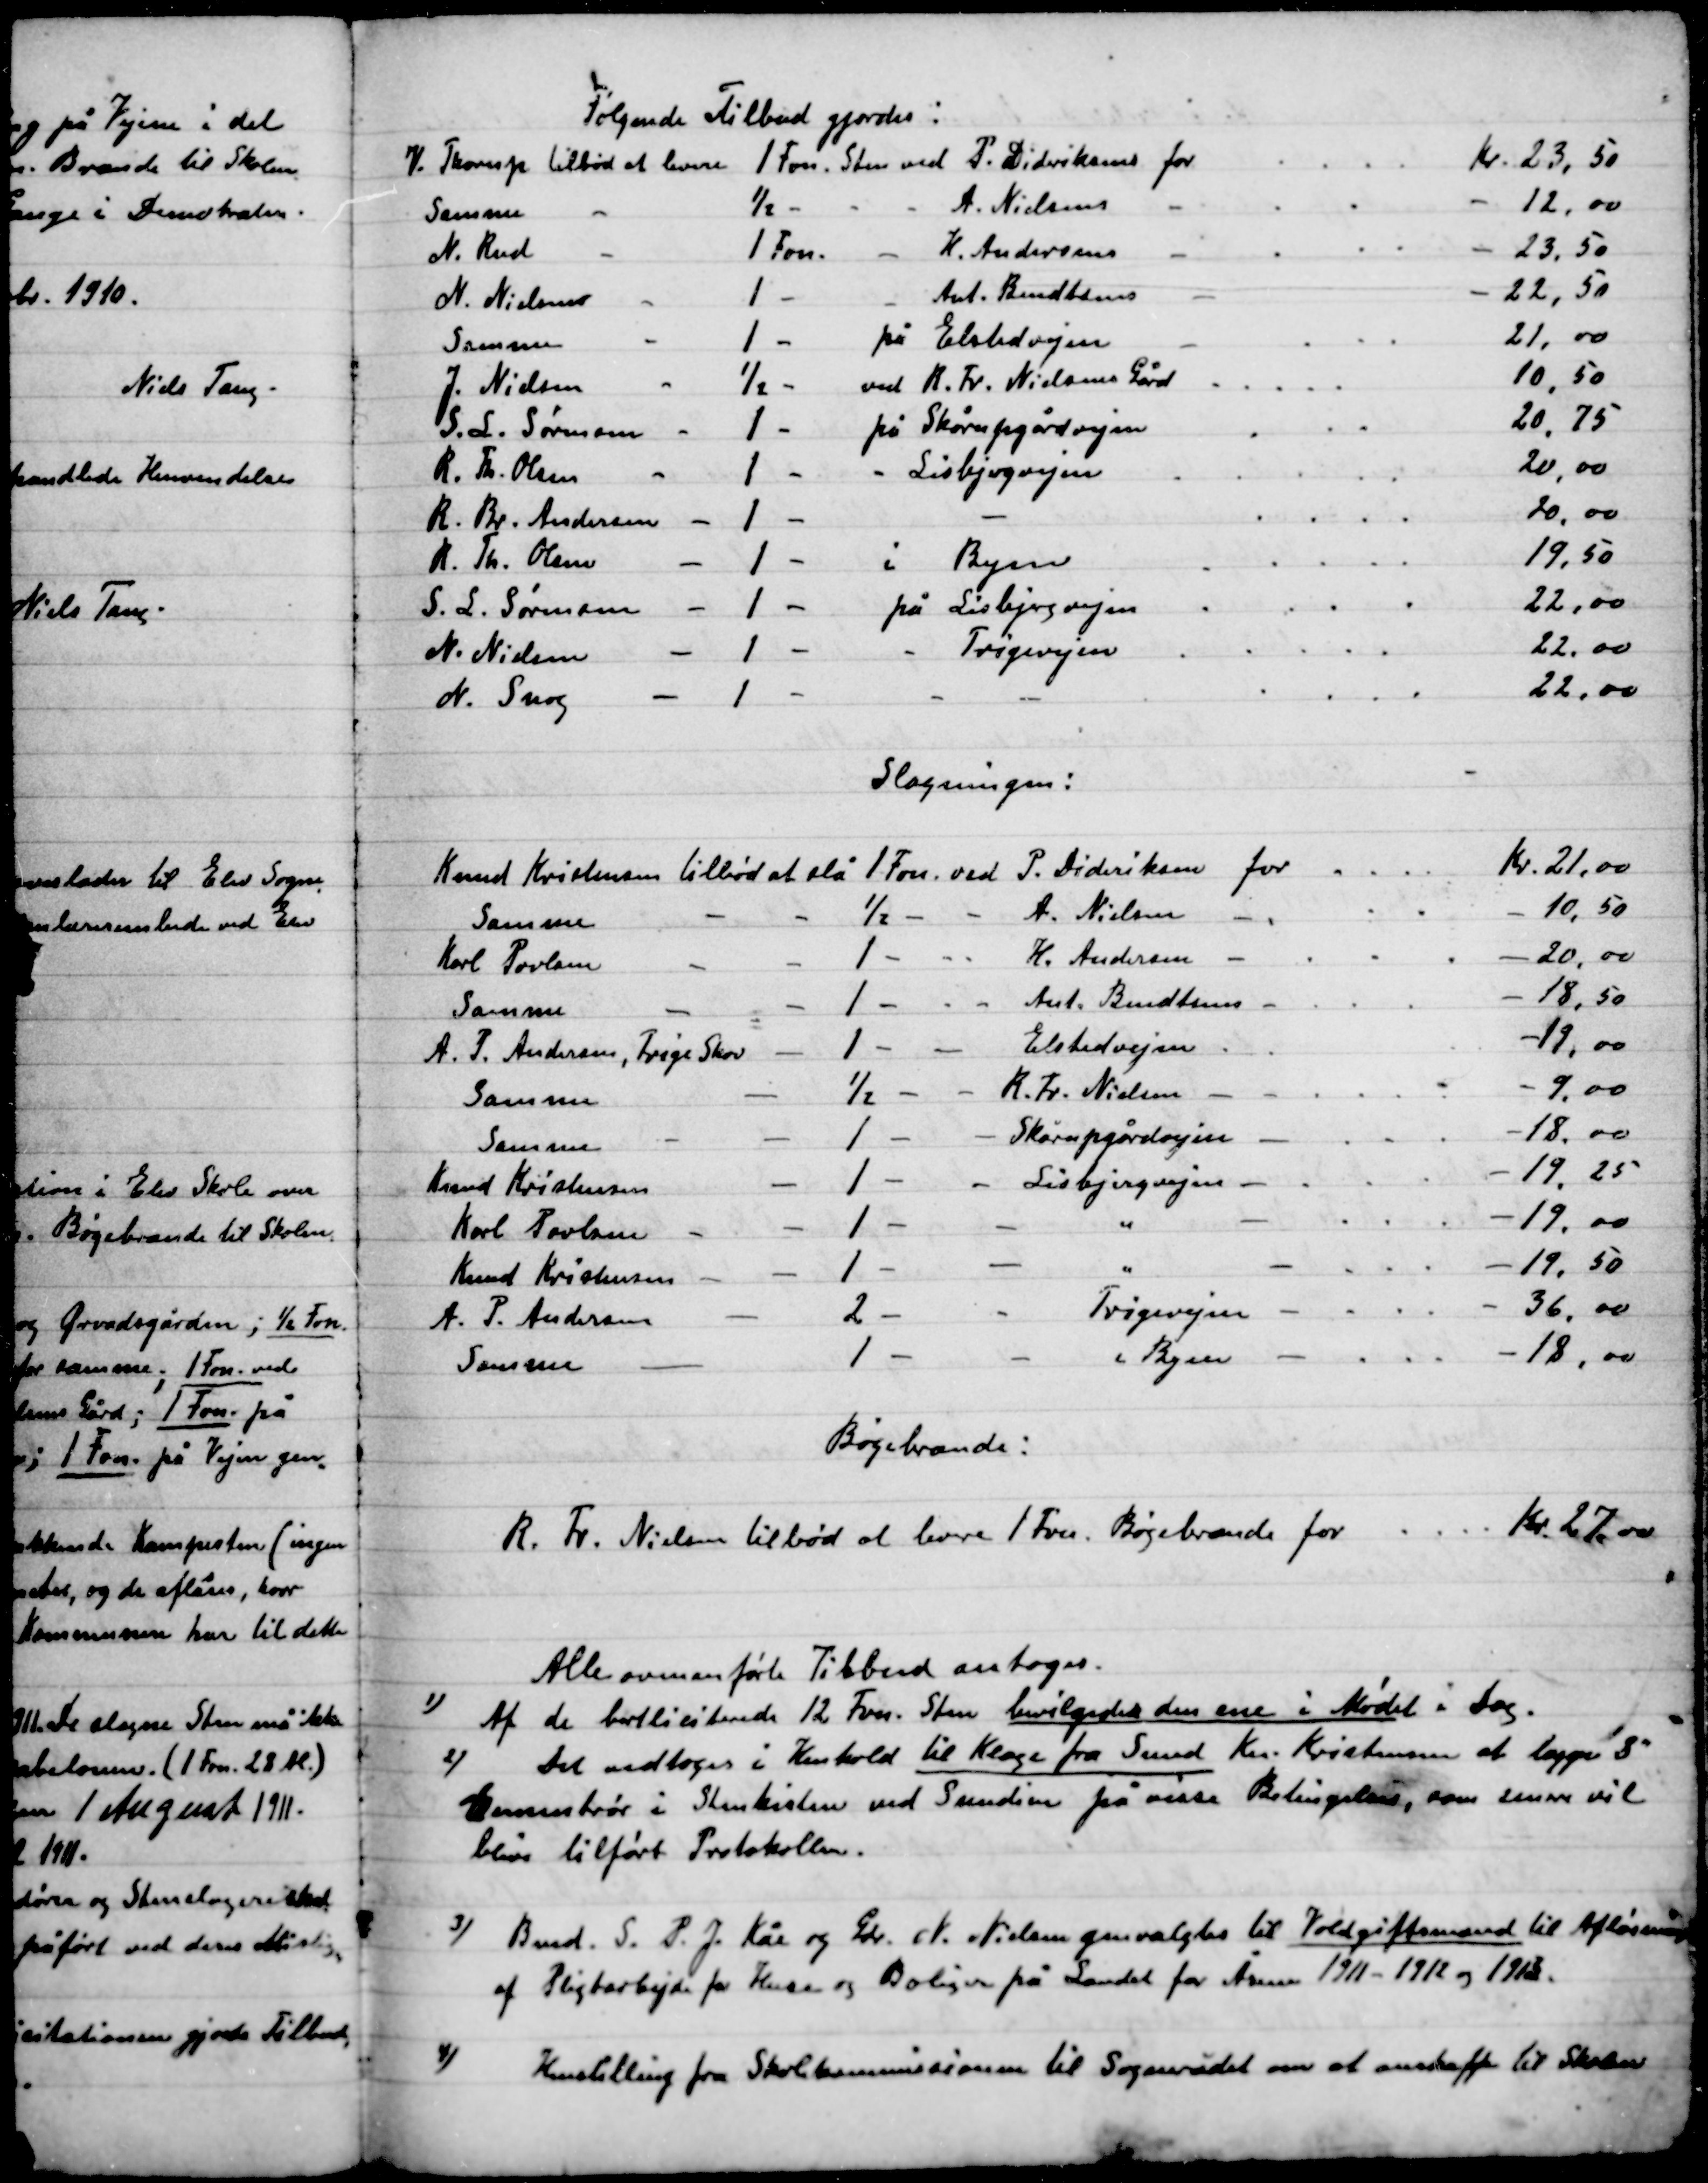
Transskription:
Alle oven førte tilbud antoges.

1)

Af de bortliciterede 12 Fvn. sten bevilgedes den ene i Mødet i Dag.

2)

Det vedtoges i Henhold til Klage fra Svend Kr. Kristensen at lægge 8”
Cementrør i Stenkisten ved Smedien på visse Betingelser, som samme vil
blive tilført Protokollen.

3)

Bmd. S.P.J. Kås og Grd. N. Nielsen genvalgtes Voldgiftsmand til Afløsning
af Pligtarbejde og huse og Boliger på Landet for Århus 1911-1912 og 1913.

4)

Henstilling fra Skolekommissionen til Sognerådet om at anskaffe til Skolen